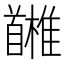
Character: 𩠳